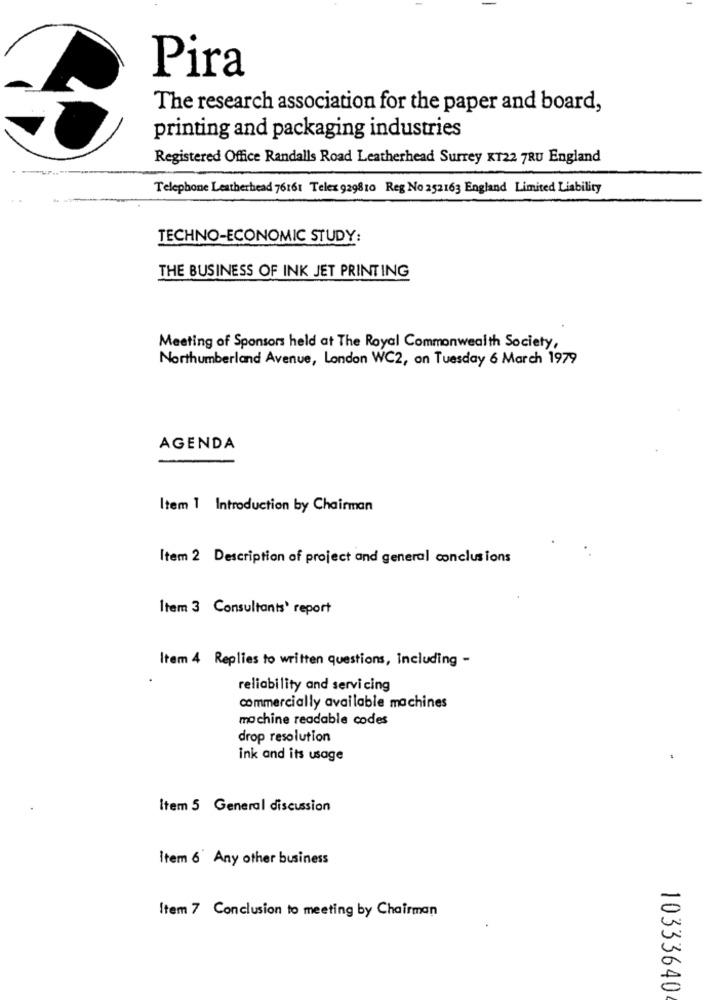
Pira
The research association for the paper and board,
printing and packaging industries
Registered Office Randalls Road Leatherhead Surrey KT22 7RU England
Telephone Leatherhead 76161 Telex 929810 Reg No 252163 England Limited Liability
TECHNO-ECONOMIC STUDY:
THE BUSINESS OF INK JET PRINTING
Meeting of Sponsors held at The Royal Commonwealth Society,
Northumberland Avenue, London WC2, on Tuesday 6 March 1979
AGENDA
Item 1 Introduction by Chairman
Item 2 Description of project and general conclusions
Item 3 Consultants' report
Item 4 Replies to written questions, including -
reliability and servicing
commercially available machines
machine readable codes
drop resolution
ink and its usage
Item 5 General discussion
item 6' Any other business
Item 7 Conclusion to meeting by Chairman
10333640